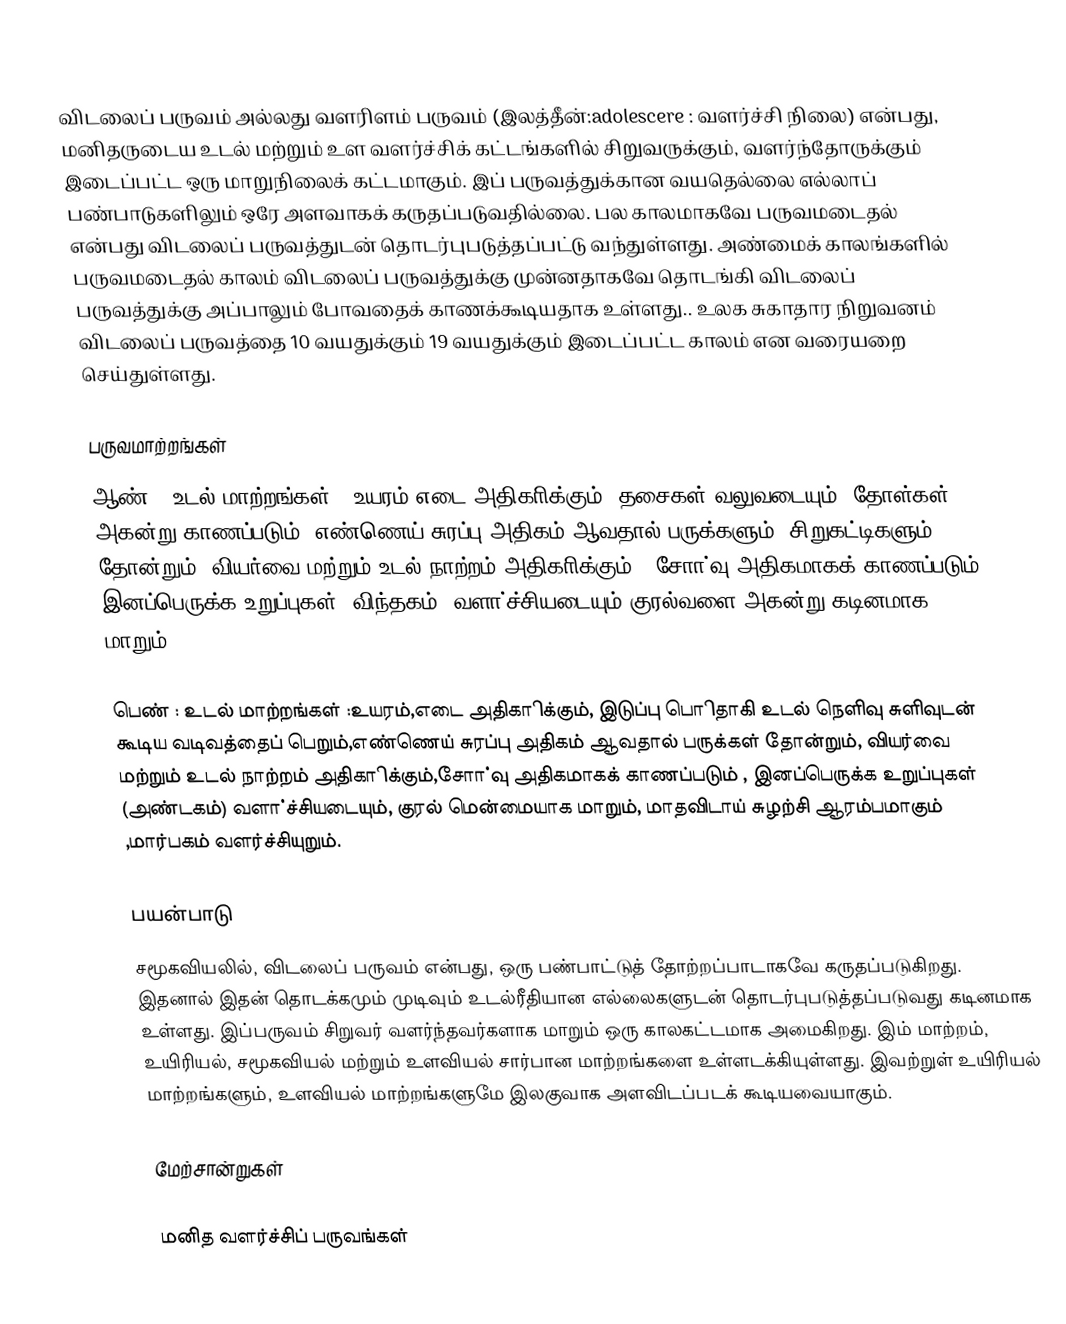
விடலைப் பருவம் அல்லது வளரிளம் பருவம் (இலத்தீன்:adolescere : வளர்ச்சி நிலை) என்பது, மனிதருடைய உடல் மற்றும் உள வளர்ச்சிக் கட்டங்களில் சிறுவருக்கும், வளர்ந்தோருக்கும் இடைப்பட்ட ஒரு மாறுநிலைக் கட்டமாகும். இப் பருவத்துக்கான வயதெல்லை எல்லாப் பண்பாடுகளிலும் ஒரே அளவாகக் கருதப்படுவதில்லை. பல காலமாகவே பருவமடைதல் என்பது விடலைப் பருவத்துடன் தொடர்புபடுத்தப்பட்டு வந்துள்ளது. அண்மைக் காலங்களில் பருவமடைதல் காலம் விடலைப் பருவத்துக்கு முன்னதாகவே தொடங்கி விடலைப் பருவத்துக்கு அப்பாலும் போவதைக் காணக்கூடியதாக உள்ளது..  உலக சுகாதார நிறுவனம் விடலைப் பருவத்தை 10 வயதுக்கும் 19 வயதுக்கும் இடைப்பட்ட காலம் என வரையறை செய்துள்ளது.

பருவமாற்றங்கள்
ஆண் : உடல் மாற்றங்கள் : உயரம்,எடை அதிகாிக்கும், தசைகள் வலுவடையும், தோள்கள் அகன்று காணப்படும், எண்ணெய் சுரப்பு அதிகம் ஆவதால் பருக்களும், சிறுகட்டிகளும் தோன்றும், வியர்வை மற்றும் உடல் நாற்றம் அதிகாிக்கும் , சோா்வு அதிகமாகக் காணப்படும் , இனப்பெருக்க உறுப்புகள் (விந்தகம்) வளா்ச்சியடையும்,குரல்வளை அகன்று கடினமாக மாறும்.

பெண் : உடல் மாற்றங்கள் :உயரம்,எடை அதிகாிக்கும், இடுப்பு பொிதாகி உடல் நெளிவு சுளிவுடன் கூடிய வடிவத்தைப் பெறும்,எண்ணெய் சுரப்பு அதிகம் ஆவதால் பருக்கள் தோன்றும், வியர்வை மற்றும் உடல் நாற்றம் அதிகாிக்கும்,சோா்வு அதிகமாகக் காணப்படும் , இனப்பெருக்க உறுப்புகள் (அண்டகம்) வளா்ச்சியடையும், குரல் மென்மையாக மாறும்,  மாதவிடாய் சுழற்சி ஆரம்பமாகும் ,மார்பகம் வளர்ச்சியுறும்.

பயன்பாடு
சமூகவியலில், விடலைப் பருவம் என்பது, ஒரு பண்பாட்டுத் தோற்றப்பாடாகவே கருதப்படுகிறது. இதனால் இதன் தொடக்கமும் முடிவும் உடல்ரீதியான எல்லைகளுடன் தொடர்புபடுத்தப்படுவது கடினமாக உள்ளது. இப்பருவம் சிறுவர் வளர்ந்தவர்களாக மாறும் ஒரு காலகட்டமாக அமைகிறது. இம் மாற்றம், உயிரியல், சமூகவியல் மற்றும் உளவியல் சார்பான மாற்றங்களை உள்ளடக்கியுள்ளது. இவற்றுள் உயிரியல் மாற்றங்களும், உளவியல் மாற்றங்களுமே இலகுவாக அளவிடப்படக் கூடியவையாகும்.

மேற்சான்றுகள்

 மனித வளர்ச்சிப் பருவங்கள்